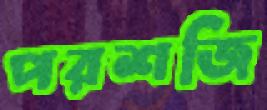
পরশজি